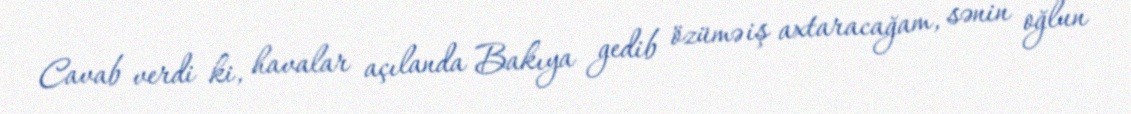
Cavab verdi ki, havalar açılanda Bakıya gedib özümə iş axtaracağam, sənin oğlun